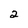
Character: 2